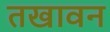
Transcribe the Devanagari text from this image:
तखावन